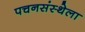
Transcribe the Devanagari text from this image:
पचनसंस्थेला